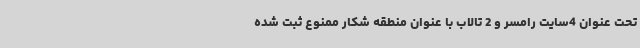
تحت عنوان 4سایت رامسر و 2 تالاب با عنوان منطقه شکار ممنوع ثبت شده